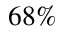
6 8 \%